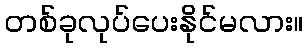
တစ်ခုလုပ်ပေးနိုင်မလား။